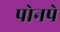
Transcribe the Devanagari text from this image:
पोनपे